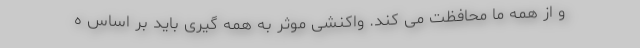
و از همه ما محافظت می کند. واکنشی موثر به همه گیری باید بر اساس ه